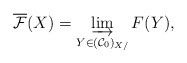
\begin{align*}\overline{\mathcal F}(X) = \varinjlim_{Y \in (\mathcal C_0)_{X/}} F(Y),\end{align*}